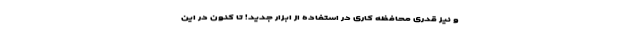
و نیز قدری محافظه‌ کاری در استفاده از ابزار جدید! تا کنون در این